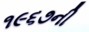
૧૯૬૭ની